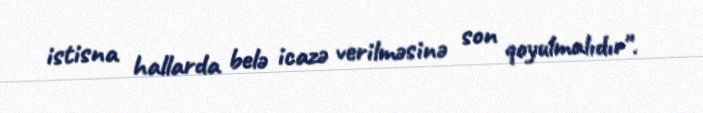
istisna hallarda belə icazə verilməsinə son qoyulmalıdır".